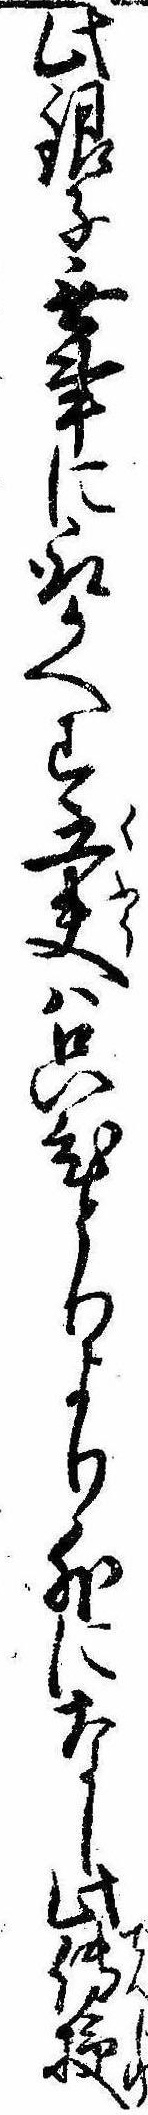
此銀子無事に取かへす工夫は只ひとりより外になし此伝授